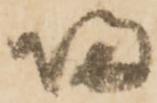
帰